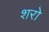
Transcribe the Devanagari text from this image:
शरो